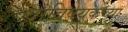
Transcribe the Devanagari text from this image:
याविषयकच्या